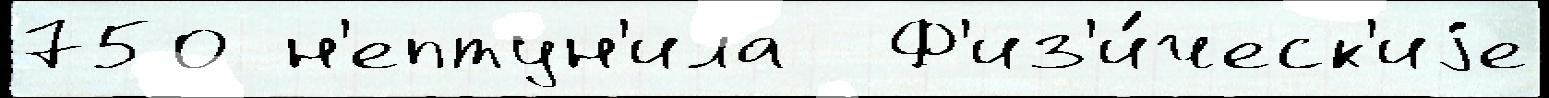
750 н'ептун'ила  Ф'из'и́ческ'иjе